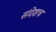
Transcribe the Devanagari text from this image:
संदेशच